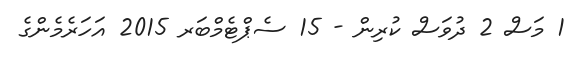
1 މަސް 2 ދުވަސް ކުރިން - 15 ސެޕްޓެމްބަރ 2015 އަހަރެމެންގެ